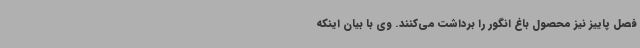
فصل پاییز نیز محصول باغ انگور را برداشت می‌کنند. وی با بیان اینکه